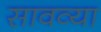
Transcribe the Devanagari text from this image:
सावव्या